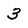
Character: 3